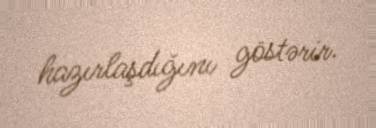
hazırlaşdığını göstərir.